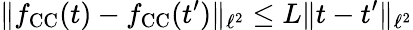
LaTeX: \Vert f_{\mathrm{CC}}(t)-f_{\mathrm{CC}}(t^{\prime})\Vert_{\ell^{2}}\leq L\Vert t-t^{\prime}\Vert_{\ell^{2}}